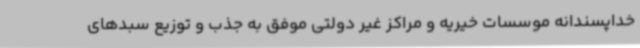
خداپسندانه موسسات خیریه و مراکز غیر دولتی موفق به جذب و توزیع سبدهای